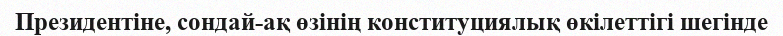
Президентіне, сондай-ақ өзінің конституциялық өкілеттігі шегінде